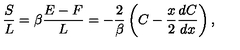
{ \frac { S } { L } } = \beta { \frac { E - F } { L } } = - { \frac { 2 } { \beta } } \left( C - { \frac { x } { 2 } } { \frac { d C } { d x } } \right) ,